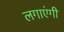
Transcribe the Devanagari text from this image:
लगाएंगी